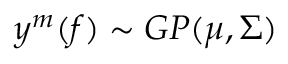
y ^ { m } ( f ) \sim G P ( \mu , \Sigma )